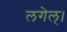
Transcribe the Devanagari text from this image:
लगेल्।